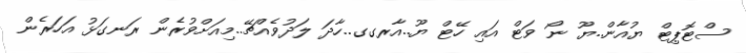
ސްޓޮޕިޓް ޔުއާން..ޔޫ ނޯ ވަޓް އައި ހޭޓް ޔޫ..އާރގގ..ހާދަ ލަދުވެއްޗޭ..މިއަށްވުރެން ރަނގަޅު އަހަރެން